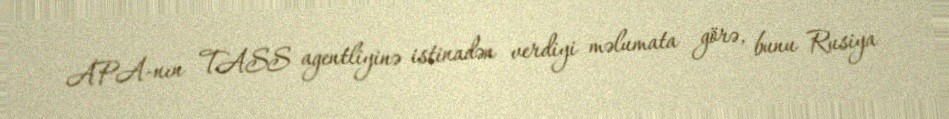
APA-nın TASS agentliyinə istinadən verdiyi məlumata görə, bunu Rusiya